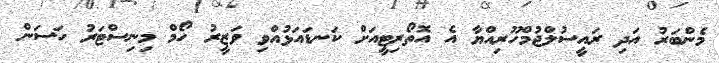
މެންބަރު އަދި ރައީސުލްޖުމްހޫރިއްޔާ އެ އޮތޯރިޓީއަށް ކަނޑައަޅުއްވި ވަޒީރު ހޯމް މިނިސްޓަރު ހަސަން